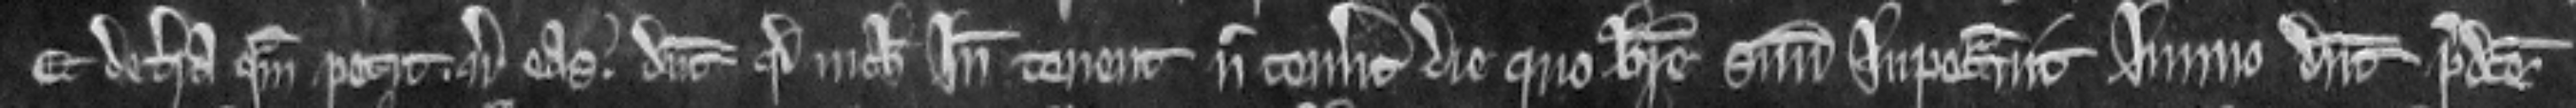
Et de terra quam petit. versus. eas. dicunt quod nichil inde tenent nec tenuerunt die quo breve suum impetravit. Immo dicunt predicte